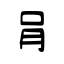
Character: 肙